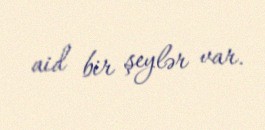
aid bir şeylər var.